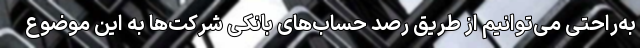
به‌راحتی می‌توانیم از طریق رصد حساب‌های بانکی شرکت‌ها به این موضوع